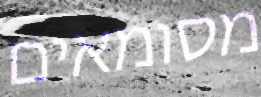
מסומאים